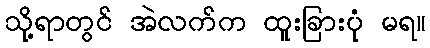
သို့ရာတွင် အဲလက်က ထူးခြားပုံ မရ။